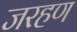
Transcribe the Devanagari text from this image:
जरहण